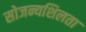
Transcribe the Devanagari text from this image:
सोजन्यशिलता